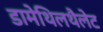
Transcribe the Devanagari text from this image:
डामेथिलथैलेट